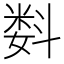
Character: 𬖠